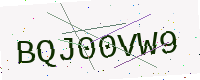
Text: BQJ00VW9